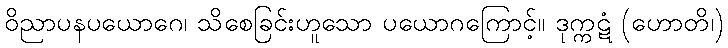
ဝိညာပနပယောဂေ၊ သိစေခြင်းဟူသော ပယောဂကြောင့်။ ဒုက္ကဋံ (ဟောတိ၊)